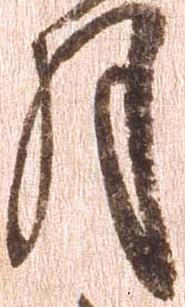
月